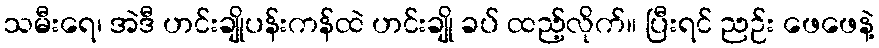
သမီးရေ၊ အဲဒီ ဟင်းချိုပန်းကန်ထဲ ဟင်းချို ခပ် ထည့်လိုက်။ ပြီးရင် ညဉ်း ဖေဖေနဲ့